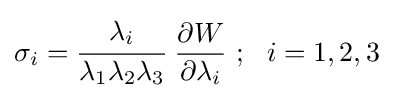
\sigma _{i}={\cfrac {\lambda _{i}}{\lambda _{1}\lambda _{2}\lambda _{3}}}~{\frac {\partial W}{\partial \lambda _{i}}}~;~~i=1,2,3